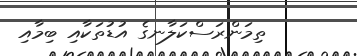
ތިމަންރަސްކަލާނގެ އުޑުތަކާއި ބިމާއި